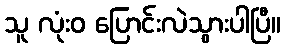
သူ လုံးဝ ပြောင်းလဲသွားပါပြီ။